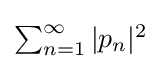
{\textstyle \sum _{n=1}^{\infty }|p_{n}|^{2}}